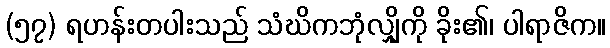
(၅၇) ရဟန်းတပါးသည် သံဃိကဘုံလျှိုကို ခိုး၏၊ ပါရာဇိက။